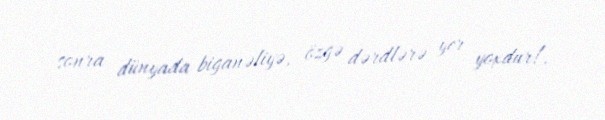
sonra dünyada biganəliyə, özgə dərdlərə yer yoxdur!.